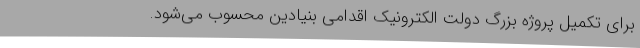
برای تکمیل پروژه بزرگ دولت الکترونیک اقدامی بنیادین محسوب می‌شود.